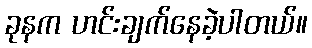
ခုနက ဟင်းချက်နေခဲ့ပါတယ်။